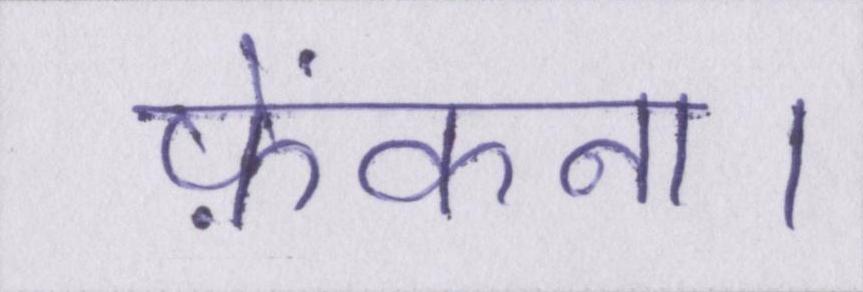
फ़ेंकना।